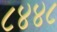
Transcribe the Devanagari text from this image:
८४४८